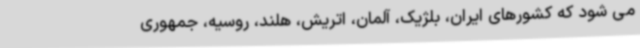
می شود که کشورهای ایران، بلژیک، آلمان، اتریش، هلند، روسیه، جمهوری